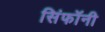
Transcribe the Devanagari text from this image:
सिंफॉनी